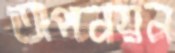
অপনয়ন